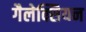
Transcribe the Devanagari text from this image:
गैलेक्सियन